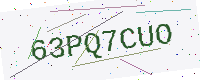
Text: 63PQ7CUO